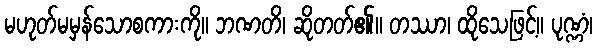
မဟုတ်မမှန်သောစကားကို။ ဘဏတိ၊ ဆိုတတ်၏။ တဿာ၊ ထိုသေဖြင့်။ ပုဏ္ဏံ၊